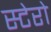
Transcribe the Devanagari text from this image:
स्टेरो